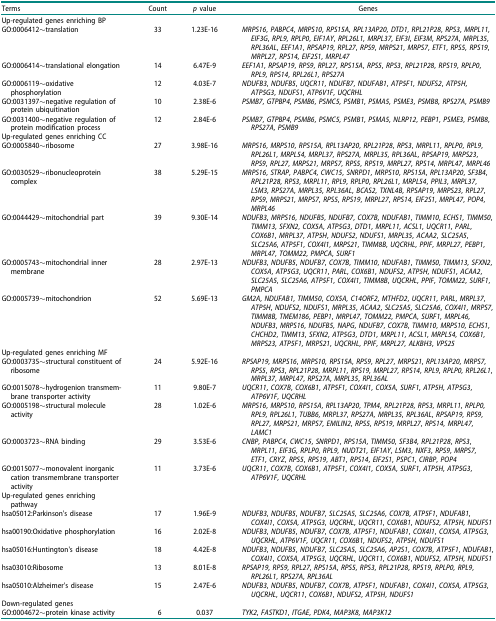
<table><thead><tr><td><b>Terms</b></td><td><b>Count</b></td><td><b><i>p</i> value</b></td><td><b>Genes</b></td></tr></thead><tbody><tr><td>Up-regulated genes enriching BP</td><td> </td><td> </td><td> </td></tr><tr><td>GO:0006412∼translation</td><td>33</td><td>1.23E-16</td><td><i>MRPS16</i>, <i>PABPC4</i>, <i>MRPS10</i>, <i>RPS15A</i>, <i>RPL13AP20</i>, <i>DTD1</i>, <i>RPL21P28</i>, <i>RPS3</i>, <i>MRPL11</i>, <i>EIF3G</i>, <i>RPL9</i>, <i>RPLP0</i>, <i>EIF1AY</i>, <i>RPL26L1</i>, <i>MRPL37</i>, <i>EIF3I</i>, <i>EIF3M</i>, <i>RPS27A</i>, <i>MRPL35</i>, <i>RPL36AL</i>, <i>EEF1A1</i>, <i>RPSAP19</i>, <i>RPL27</i>, <i>RPS9</i>, <i>MRPS21</i>, <i>MRPS7</i>, <i>ETF1</i>, <i>RPS5</i>, <i>RPS19</i>, <i>MRPL27</i>, <i>RPS14</i>, <i>EIF2S1</i>, <i>MRPL47</i></td></tr><tr><td>GO:0006414∼translational elongation</td><td>14</td><td>6.47E-9</td><td><i>EEF1A1</i>, <i>RPSAP19</i>, <i>RPS9</i>, <i>RPL27</i>, <i>RPS15A</i>, <i>RPS5</i>, <i>RPS3</i>, <i>RPL21P28</i>, <i>RPS19</i>, <i>RPLP0</i>, <i>RPL9</i>, <i>RPS14</i>, <i>RPL26L1</i>, <i>RPS27A</i></td></tr><tr><td>GO:0006119∼oxidative phosphorylation</td><td>12</td><td>4.03E-7</td><td><i>NDUFB3</i>, <i>NDUFB5</i>, <i>UQCR11</i>, <i>NDUFB7</i>, <i>NDUFAB1</i>, <i>ATP5F1</i>, <i>NDUFS2</i>, <i>ATP5H</i>, <i>ATP5G3</i>, <i>NDUFS1</i>, <i>ATP6V1F</i>, <i>UQCRHL</i></td></tr><tr><td>GO:0031397∼negative regulation of protein ubiquitination</td><td>10</td><td>2.38E-6</td><td><i>PSMB7</i>, <i>GTPBP4</i>, <i>PSMB6</i>, <i>PSMC5</i>, <i>PSMB1</i>, <i>PSMA5</i>, <i>PSME3</i>, <i>PSMB8</i>, <i>RPS27A</i>, <i>PSMB9</i></td></tr><tr><td>GO:0031400∼negative regulation of protein modification process</td><td>12</td><td>2.84E-6</td><td><i>PSMB7</i>, <i>GTPBP4</i>, <i>PSMB6</i>, <i>PSMC5</i>, <i>PSMB1</i>, <i>PSMA5</i>, <i>NLRP12</i>, <i>PEBP1</i>, <i>PSME3</i>, <i>PSMB8</i>, <i>RPS27A</i>, <i>PSMB9</i></td></tr><tr><td>Up-regulated genes enriching CC</td><td> </td><td> </td><td> </td></tr><tr><td>GO:0005840∼ribosome</td><td>27</td><td>3.98E-16</td><td><i>MRPS16</i>, <i>MRPS10</i>, <i>RPS15A</i>, <i>RPL13AP20</i>, <i>RPL21P28</i>, <i>RPS3</i>, <i>MRPL11</i>, <i>RPLP0</i>, <i>RPL9</i>, <i>RPL26L1</i>, <i>MRPL54</i>, <i>MRPL37</i>, <i>RPS27A</i>, <i>MRPL35</i>, <i>RPL36AL</i>, <i>RPSAP19</i>, <i>MRPS23</i>, <i>RPS9</i>, <i>RPL27</i>, <i>MRPS21</i>, <i>MRPS7</i>, <i>RPS5</i>, <i>RPS19</i>, <i>MRPL27</i>, <i>RPS14</i>, <i>MRPL47</i>, <i>MRPL46</i></td></tr><tr><td>GO:0030529∼ribonucleoprotein complex</td><td>38</td><td>5.29E-15</td><td><i>MRPS16</i>, <i>STRAP</i>, <i>PABPC4</i>, <i>CWC15</i>, <i>SNRPD1</i>, <i>MRPS10</i>, <i>RPS15A</i>, <i>RPL13AP20</i>, <i>SF3B4</i>, <i>RPL21P28</i>, <i>RPS3</i>, <i>MRPL11</i>, <i>RPL9</i>, <i>RPLP0</i>, <i>RPL26L1</i>, <i>MRPL54</i>, <i>PPIL3</i>, <i>MRPL37</i>, <i>LSM3</i>, <i>RPS27A</i>, <i>MRPL35</i>, <i>RPL36AL</i>, <i>BCAS2</i>, <i>TXNL4B</i>, <i>RPSAP19</i>, <i>MRPS23</i>, <i>RPL27</i>, <i>RPS9</i>, <i>MRPS21</i>, <i>MRPS7</i>, <i>RPS5</i>, <i>RPS19</i>, <i>MRPL27</i>, <i>RPS14</i>, <i>EIF2S1</i>, <i>MRPL47</i>, <i>POP4</i>, <i>MRPL46</i></td></tr><tr><td>GO:0044429∼mitochondrial part</td><td>39</td><td>9.30E-14</td><td><i>NDUFB3</i>, <i>MRPS16</i>, <i>NDUFB5</i>, <i>NDUFB7</i>, <i>COX7B</i>, <i>NDUFAB1</i>, <i>TIMM10</i>, <i>ECHS1</i>, <i>TIMM50</i>, <i>TIMM13</i>, <i>SFXN2</i>, <i>COX5A</i>, <i>ATP5G3</i>, <i>DTD1</i>, <i>MRPL11</i>, <i>ACSL1</i>, <i>UQCR11</i>, <i>PARL</i>, <i>COX6B1</i>, <i>MRPL37</i>, <i>ATP5H</i>, <i>NDUFS2</i>, <i>NDUFS1</i>, <i>MRPL35</i>, <i>ACAA2</i>, <i>SLC25A5</i>, <i>SLC25A6</i>, <i>ATP5F1</i>, <i>COX4I1</i>, <i>MRPS21</i>, <i>TIMM8B</i>, <i>UQCRHL</i>, <i>PPIF</i>, <i>MRPL27</i>, <i>PEBP1</i>, <i>MRPL47</i>, <i>TOMM22</i>, <i>PMPCA</i>, <i>SURF1</i></td></tr><tr><td>GO:0005743∼mitochondrial inner membrane</td><td>28</td><td>2.97E-13</td><td><i>NDUFB3</i>, <i>NDUFB5</i>, <i>NDUFB7</i>, <i>COX7B</i>, <i>TIMM10</i>, <i>NDUFAB1</i>, <i>TIMM50</i>, <i>TIMM13</i>, <i>SFXN2</i>, <i>COX5A</i>, <i>ATP5G3</i>, <i>UQCR11</i>, <i>PARL</i>, <i>COX6B1</i>, <i>NDUFS2</i>, <i>ATP5H</i>, <i>NDUFS1</i>, <i>ACAA2</i>, <i>SLC25A5</i>, <i>SLC25A6</i>, <i>ATP5F1</i>, <i>COX4I1</i>, <i>TIMM8B</i>, <i>UQCRHL</i>, <i>PPIF</i>, <i>TOMM22</i>, <i>SURF1</i>, <i>PMPCA</i></td></tr><tr><td>GO:0005739∼mitochondrion</td><td>52</td><td>5.69E-13</td><td><i>GM2A</i>, <i>NDUFAB1</i>, <i>TIMM50</i>, <i>COX5A</i>, <i>C14ORF2</i>, <i>MTHFD2</i>, <i>UQCR11</i>, <i>PARL</i>, <i>MRPL37</i>, <i>ATP5H</i>, <i>NDUFS2</i>, <i>NDUFS1</i>, <i>MRPL35</i>, <i>ACAA2</i>, <i>SLC25A5</i>, <i>SLC25A6</i>, <i>COX4I1</i>, <i>MRPS7</i>, <i>TIMM8B</i>, <i>TMEM186</i>, <i>PEBP1</i>, <i>MRPL47</i>, <i>TOMM22</i>, <i>PMPCA</i>, <i>SURF1</i>, <i>MRPL46</i>, <i>NDUFB3</i>, <i>MRPS16</i>, <i>NDUFB5</i>, <i>NAPG</i>, <i>NDUFB7</i>, <i>COX7B</i>, <i>TIMM10</i>, <i>MRPS10</i>, <i>ECHS1</i>, <i>CHCHD2</i>, <i>TIMM13</i>, <i>SFXN2</i>, <i>ATP5G3</i>, <i>DTD1</i>, <i>MRPL11</i>, <i>ACSL1</i>, <i>MRPL54</i>, <i>COX6B1</i>, <i>MRPS23</i>, <i>ATP5F1</i>, <i>MRPS21</i>, <i>UQCRHL</i>, <i>PPIF</i>, <i>MRPL27</i>, <i>ALKBH3</i>, <i>VPS25</i></td></tr><tr><td>Up-regulated genes enriching MF</td><td> </td><td> </td><td> </td></tr><tr><td>GO:0003735∼structural constituent of ribosome</td><td>24</td><td>5.92E-16</td><td><i>RPSAP19</i>, <i>MRPS16</i>, <i>MRPS10</i>, <i>RPS15A</i>, <i>RPS9</i>, <i>RPL27</i>, <i>MRPS21</i>, <i>RPL13AP20</i>, <i>MRPS7</i>, <i>RPS5</i>, <i>RPS3</i>, <i>RPL21P28</i>, <i>MRPL11</i>, <i>RPS19</i>, <i>MRPL27</i>, <i>RPS14</i>, <i>RPL9</i>, <i>RPLP0</i>, <i>RPL26L1</i>, <i>MRPL37</i>, <i>MRPL47</i>, <i>RPS27A</i>, <i>MRPL35</i>, <i>RPL36AL</i></td></tr><tr><td>GO:0015078∼hydrogenion transmembrane transporter activity</td><td>11</td><td>9.80E-7</td><td><i>UQCR11</i>, <i>COX7B</i>, <i>COX6B1</i>, <i>ATP5F1</i>, <i>COX4I1</i>, <i>COX5A</i>, <i>SURF1</i>, <i>ATP5H</i>, <i>ATP5G3</i>, <i>ATP6V1F</i>, <i>UQCRHL</i></td></tr><tr><td>GO:0005198∼structural molecule activity</td><td>28</td><td>1.02E-6</td><td><i>MRPS16</i>, <i>MRPS10</i>, <i>RPS15A</i>, <i>RPL13AP20</i>, <i>TPM4</i>, <i>RPL21P28</i>, <i>RPS3</i>, <i>MRPL11</i>, <i>RPLP0</i>, <i>RPL9</i>, <i>RPL26L1</i>, <i>TUBB6</i>, <i>MRPL37</i>, <i>RPS27A</i>, <i>MRPL35</i>, <i>RPL36AL</i>, <i>RPSAP19</i>, <i>RPS9</i>, <i>RPL27</i>, <i>MRPS21</i>, <i>MRPS7</i>, <i>EMILIN2</i>, <i>RPS5</i>, <i>RPS19</i>, <i>MRPL27</i>, <i>RPS14</i>, <i>MRPL47</i>, <i>LAMC1</i></td></tr><tr><td>GO:0003723∼RNA binding</td><td>29</td><td>3.53E-6</td><td><i>CNBP</i>, <i>PABPC4</i>, <i>CWC15</i>, <i>SNRPD1</i>, <i>RPS15A</i>, <i>TIMM50</i>, <i>SF3B4</i>, <i>RPL21P28</i>, <i>RPS3</i>, <i>MRPL11</i>, <i>EIF3G</i>, <i>RPLP0</i>, <i>RPL9</i>, <i>NUDT21</i>, <i>EIF1AY</i>, <i>LSM3</i>, <i>NXF3</i>, <i>RPS9</i>, <i>MRPS7</i>, <i>ETF1</i>, <i>CRYZ</i>, <i>RPS5</i>, <i>RPS19</i>, <i>ABT1</i>, <i>RPS14</i>, <i>EIF2S1</i>, <i>PSPC1</i>, <i>CIRBP</i>, <i>POP4</i></td></tr><tr><td>GO:0015077∼monovalent inorganic cation transmembrane transporter activity</td><td>11</td><td>3.73E-6</td><td><i>UQCR11</i>, <i>COX7B</i>, <i>COX6B1</i>, <i>ATP5F1</i>, <i>COX4I1</i>, <i>COX5A</i>, <i>SURF1</i>, <i>ATP5H</i>, <i>ATP5G3</i>, <i>ATP6V1F</i>, <i>UQCRHL</i></td></tr><tr><td>Up-regulated genes enriching pathway</td><td> </td><td> </td><td> </td></tr><tr><td>hsa05012:Parkinson&#x27;s disease</td><td>17</td><td>1.96E-9</td><td><i>NDUFB3</i>, <i>NDUFB5</i>, <i>NDUFB7</i>, <i>SLC25A5</i>, <i>SLC25A6</i>, <i>COX7B</i>, <i>ATP5F1</i>, <i>NDUFAB1</i>, <i>COX4I1</i>, <i>COX5A</i>, <i>ATP5G3</i>, <i>UQCRHL</i>, <i>UQCR11</i>, <i>COX6B1</i>, <i>NDUFS2</i>, <i>ATP5H</i>, <i>NDUFS1</i></td></tr><tr><td>hsa00190:Oxidative phosphorylation</td><td>16</td><td>2.02E-8</td><td><i>NDUFB3</i>, <i>NDUFB5</i>, <i>NDUFB7</i>, <i>COX7B</i>, <i>ATP5F1</i>, <i>NDUFAB1</i>, <i>COX4I1</i>, <i>COX5A</i>, <i>ATP5G3</i>, <i>UQCRHL</i>, <i>ATP6V1F</i>, <i>UQCR11</i>, <i>COX6B1</i>, <i>NDUFS2</i>, <i>ATP5H</i>, <i>NDUFS1</i></td></tr><tr><td>hsa05016:Huntington&#x27;s disease</td><td>18</td><td>4.42E-8</td><td><i>NDUFB3</i>, <i>NDUFB5</i>, <i>NDUFB7</i>, <i>SLC25A5</i>, <i>SLC25A6</i>, <i>AP2S1</i>, <i>COX7B</i>, <i>ATP5F1</i>, <i>NDUFAB1</i>, <i>COX4I1</i>, <i>COX5A</i>, <i>ATP5G3</i>, <i>UQCRHL</i>, <i>UQCR11</i>, <i>COX6B1</i>, <i>NDUFS2</i>, <i>ATP5H</i>, <i>NDUFS1</i></td></tr><tr><td>hsa03010:Ribosome</td><td>13</td><td>8.01E-8</td><td><i>RPSAP19</i>, <i>RPS9</i>, <i>RPL27</i>, <i>RPS15A</i>, <i>RPS5</i>, <i>RPS3</i>, <i>RPL21P28</i>, <i>RPS19</i>, <i>RPLP0</i>, <i>RPL9</i>, <i>RPL26L1</i>, <i>RPS27A</i>, <i>RPL36AL</i></td></tr><tr><td>hsa05010:Alzheimer&#x27;s disease</td><td>15</td><td>2.47E-6</td><td><i>NDUFB3</i>, <i>NDUFB5</i>, <i>NDUFB7</i>, <i>COX7B</i>, <i>ATP5F1</i>, <i>NDUFAB1</i>, <i>COX4I1</i>, <i>COX5A</i>, <i>ATP5G3</i>, <i>UQCRHL</i>, <i>UQCR11</i>, <i>COX6B1</i>, <i>NDUFS2</i>, <i>ATP5H</i>, <i>NDUFS1</i></td></tr><tr><td>Down-regulated genes</td><td> </td><td> </td><td> </td></tr><tr><td>GO:0004672∼protein kinase activity</td><td>6</td><td>0.037</td><td><i>TYK2</i>, <i>FASTKD1</i>, <i>ITGAE</i>, <i>PDK4</i>, <i>MAP3K8</i>, <i>MAP3K12</i></td></tr></tbody></table>